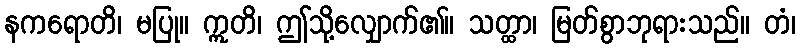
နကရောတိ၊ မပြု။ ဣတိ၊ ဤသို့လျှောက်၏။ သတ္ထာ၊ မြတ်စွာဘုရားသည်။ တံ၊